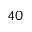
4 0